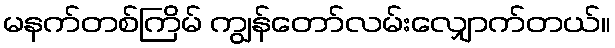
မနက်တစ်ကြိမ် ကျွန်တော်လမ်းလျှောက်တယ်။